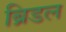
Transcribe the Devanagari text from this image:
ब्रिडल